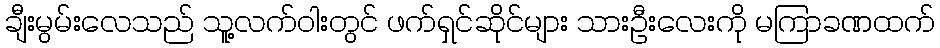
ချီးမွမ်းလေသည် သူ့လက်ဝါးတွင် ဖက်ရှင်ဆိုင်များ သားဦးလေးကို မကြာခဏထက်